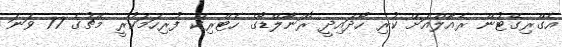
އެގްރިގޭޓުން ރެއާލްއަށް ކުރި ހޯދައިދީ ރޮނާލްޑޯގެ ހެޓްރިކް ފުރިހަމަކުރީ މެޗުގެ 77 ވަނަ